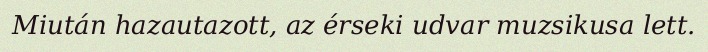
Miután hazautazott, az érseki udvar muzsikusa lett.